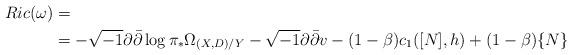
LaTeX: \begin{align*}Ric(\omega)&=\\&=-\sqrt{-1}\partial\bar{\partial}\log \pi_*\Omega_{(X,D)/Y}-\sqrt{-1}\partial\bar{\partial}v-(1-\beta)c_1([N],h)+(1-\beta)\{N\}\\\end{align*}